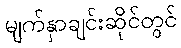
မျက်နှာချင်းဆိုင်တွင်